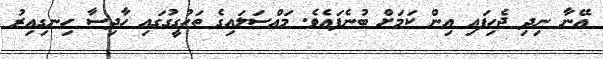
އޭނާ ނިދި ޖެހިފައި އިން ކަމަށް ބުނެފައެވެ. މައްސަލައިގެ ތަހުގީގުގައި ހާދިސާ ހިނގިއިރު